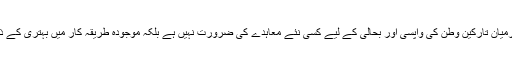
انھوں نے کہا کہ پاکستان اور یورپ کے درمیان تارکین وطن کی واپسی اور بحالی کے لیے کسی نئے معاہدے کی ضرورت نہیں ہے بلکہ موجودہ طریقہ کار میں بہتری کے ذریعے ہی حالات کو بہتر بنایا جا سکتا ہے۔